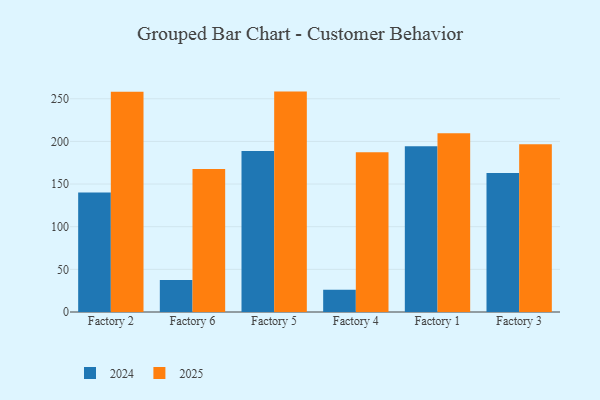
{"axis": {"x": "Factory", "y": "Gross Profit (USD K)"}, "legend": ["2024", "2025"], "data": [{"x": "Factory 2", "y": 140.2, "type": "2024"}, {"x": "Factory 2", "y": 258.1, "type": "2025"}, {"x": "Factory 6", "y": 37.4, "type": "2024"}, {"x": "Factory 6", "y": 167.8, "type": "2025"}, {"x": "Factory 5", "y": 188.9, "type": "2024"}, {"x": "Factory 5", "y": 258.4, "type": "2025"}, {"x": "Factory 4", "y": 26.1, "type": "2024"}, {"x": "Factory 4", "y": 187.2, "type": "2025"}, {"x": "Factory 1", "y": 194.2, "type": "2024"}, {"x": "Factory 1", "y": 209.7, "type": "2025"}, {"x": "Factory 3", "y": 163.1, "type": "2024"}, {"x": "Factory 3", "y": 196.8, "type": "2025"}]}